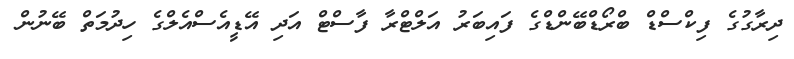
ދިރާގުގެ ފިކްސްޑް ބްރޯޑްބޭންޑްގެ ފައިބަރު އަލްޓްރާ ފާސްޓް އަދި އޭޑީއެސްއެލްގެ ހިދުމަތް ބޭނުން